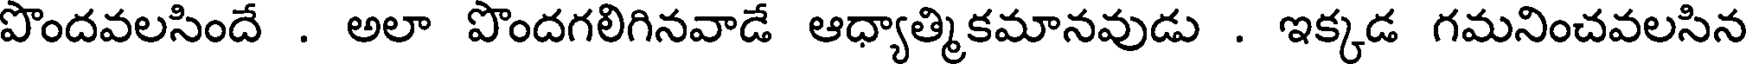
పొందవలసిందే . అలా పొందగలిగినవాడే ఆధ్యాత్మికమానవుడు . ఇక్కడ గమనించవలసిన